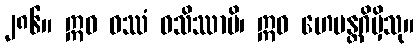
၂၈၆။ ဣဓ ဝဿံ ဝသိဿာမိ၊ ဣဓ ဟေမန္တဂိမှိသု။